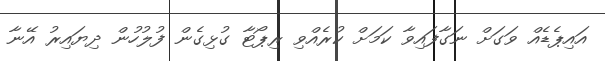
އައިޕެޑެއް ވަގަށް ނަގާފައިވާ ކަމަށް ކުރެއްވި ރިޕޯޓާ ގުޅިގެން ފުލުހުން ދިޔައިރު އޭނާ